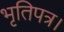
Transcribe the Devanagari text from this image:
भृतिपत्र।